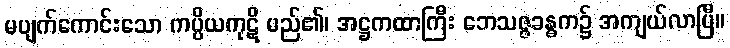
မပျက်ကောင်းသော ကပ္ပိယကုဋိ မည်၏၊ အဋ္ဌကထာကြီး ဘေသဇ္ဇခန္ဓက၌ အကျယ်လာပြီ။